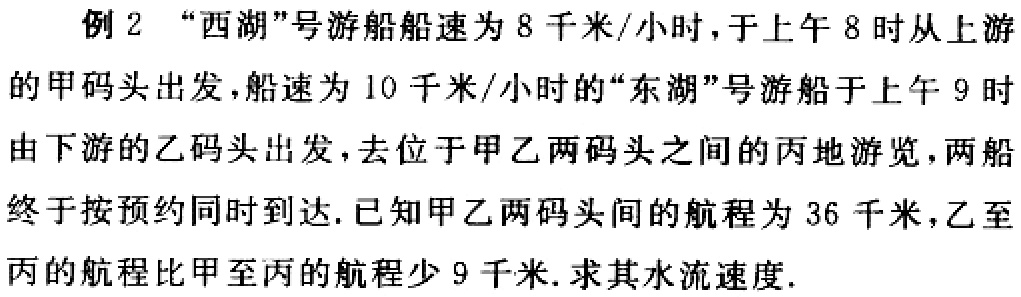
例 2 “西湖”号游船船速为 8 千米/小时，于上午 8 时从上游的甲码头出发，船速为 10 千米/小时的“东湖”号游船于上午 9 时由下游的乙码头出发，去位于甲乙两码头之间的丙地游览，两船终于按预约同时到达. 已知甲乙两码头间的航程为 36 千米，乙至丙的航程比甲至丙的航程少 9 千米. 求其水流速度.